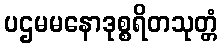
ပဌမမနောဒုစ္စရိတသုတ္တံ